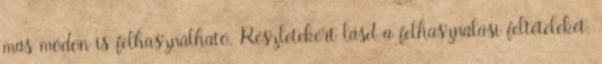
más módon is felhasználható. Részletekért lásd a felhasználási feltételeket.